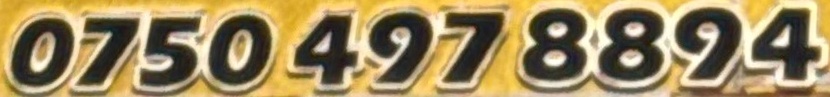
0750 497 8894